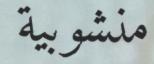
منشوبية